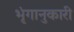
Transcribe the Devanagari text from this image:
भृंगानुकारी